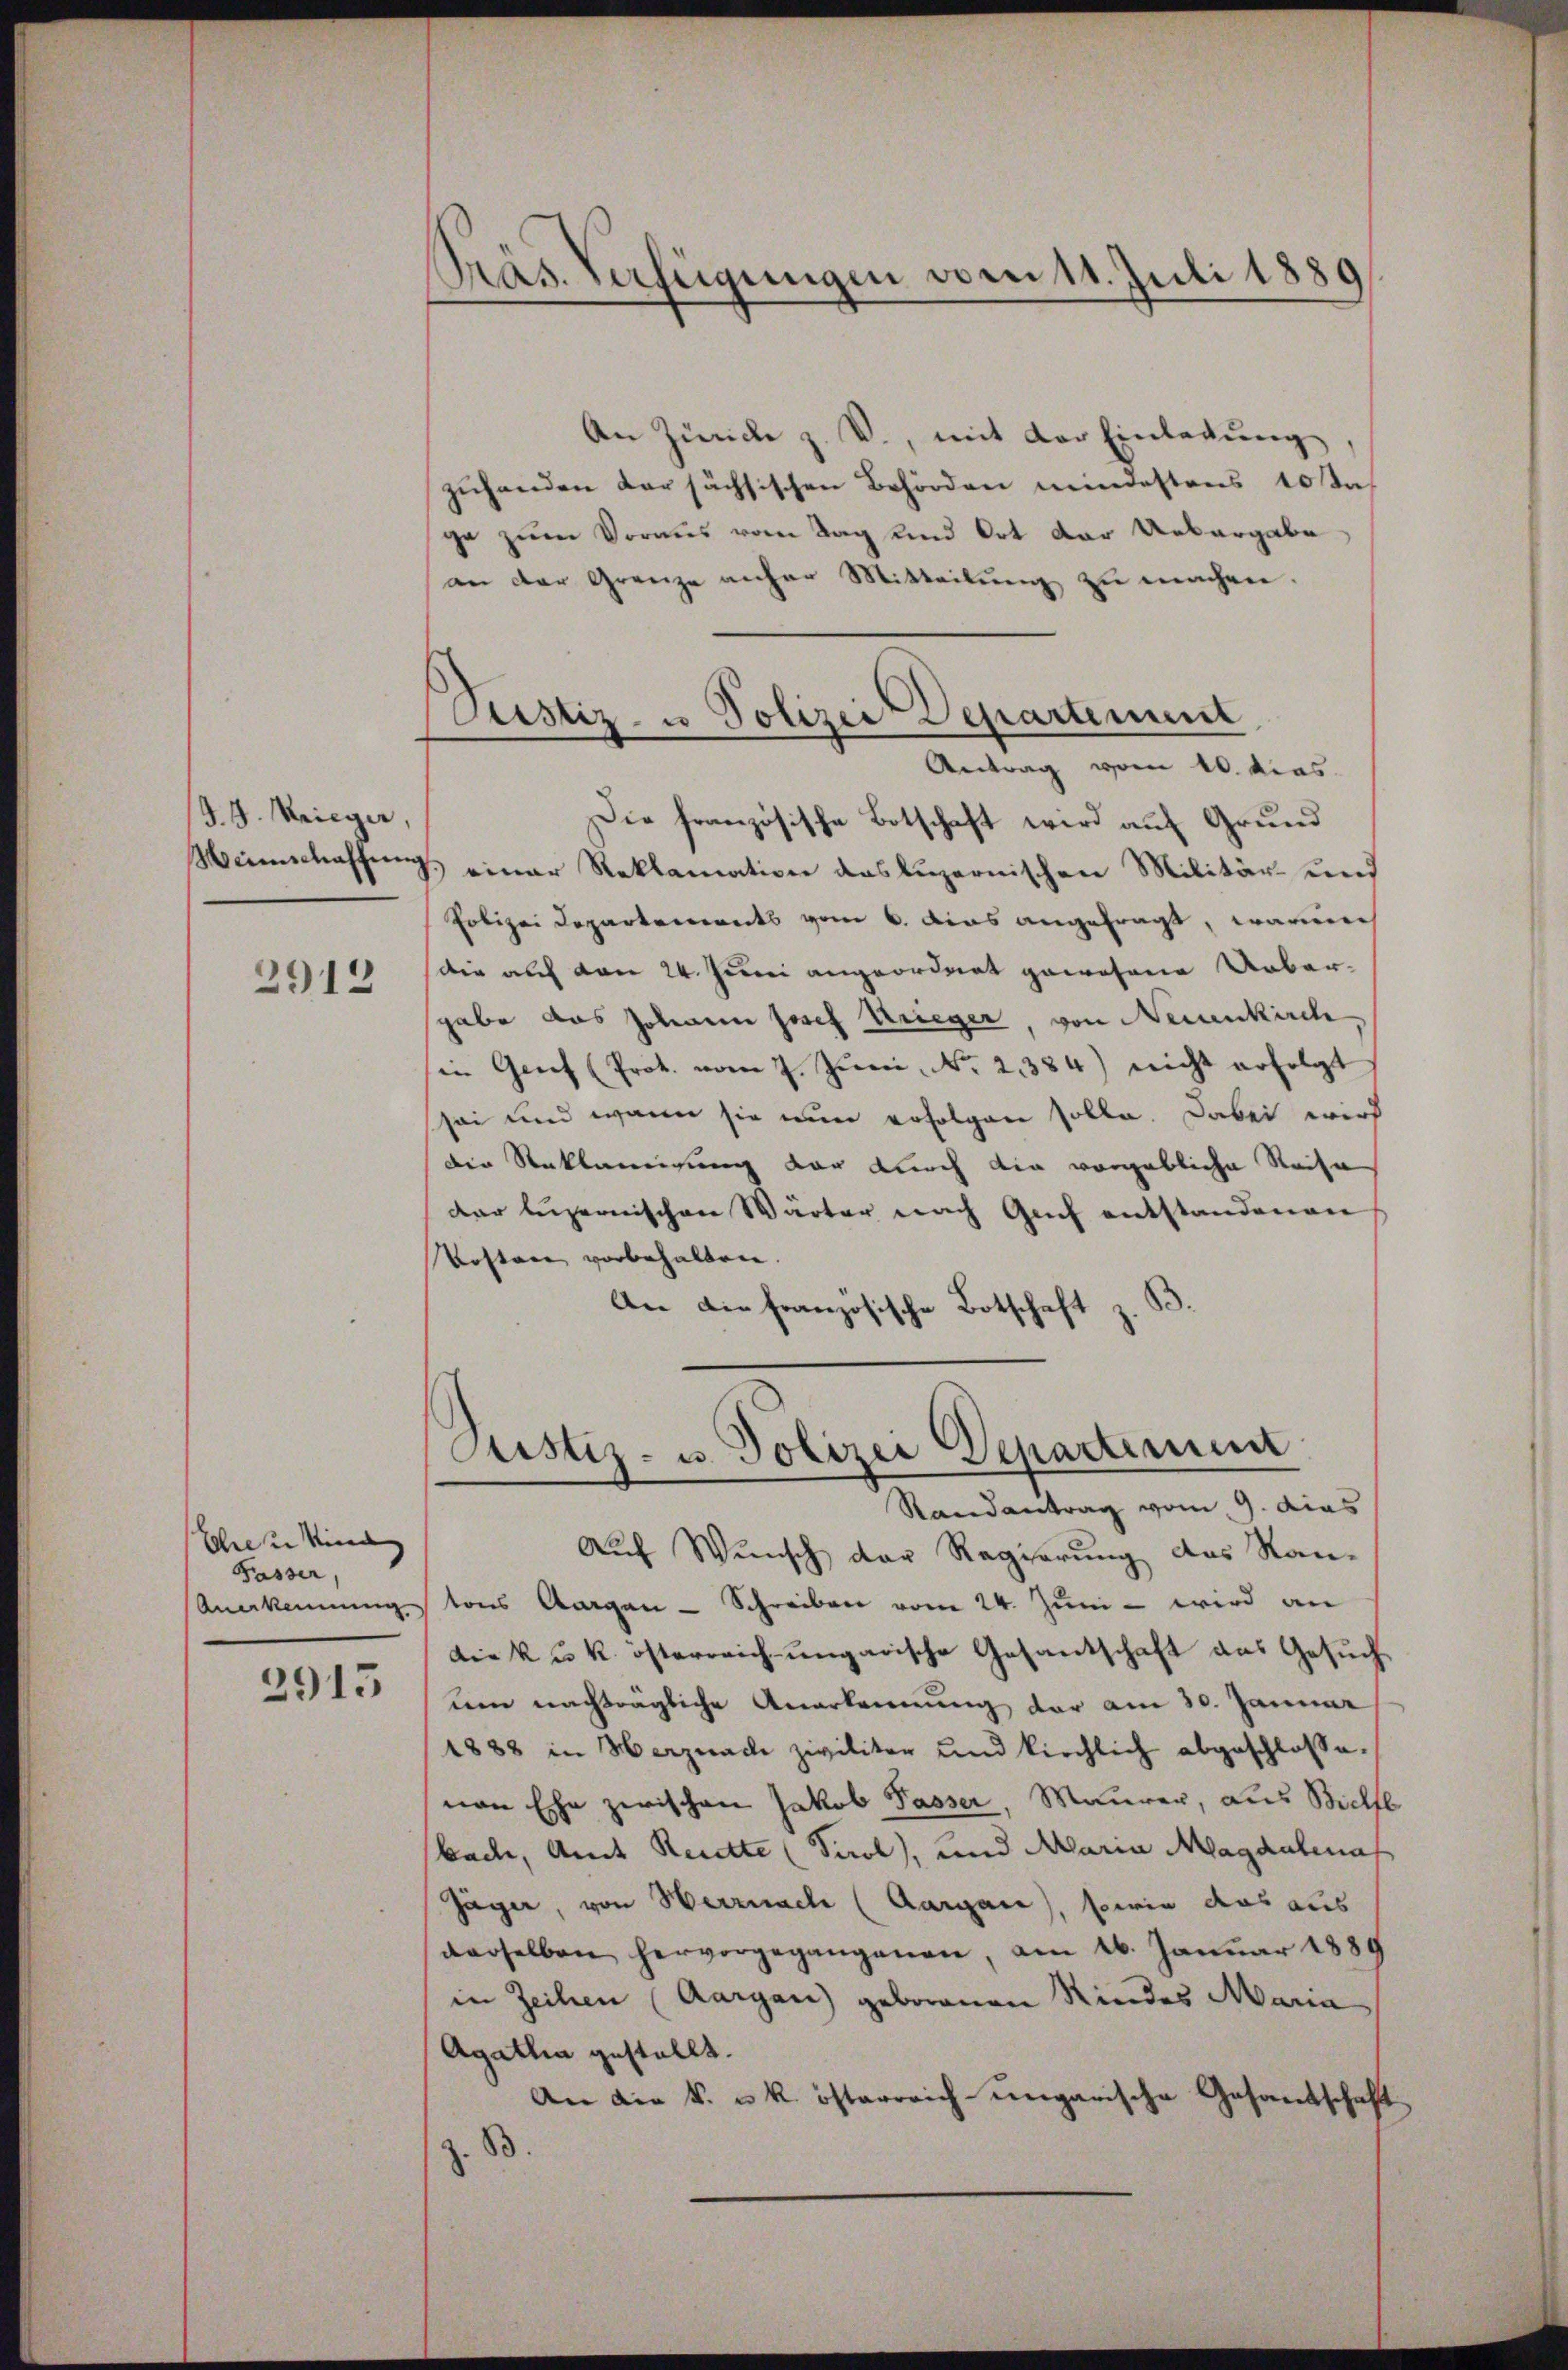
J. J. Krieger,

2912

Schrein Kind |
Fasser,
Anerkennung.

2915

Präs. Verfügungen vom 11. Juli 1889

Pustiz- u Polizei Departement
Antrag vom 10. dies

An Zürich z. V., mit der Einlegung,
zuhanden dersächsischen Behörden mindestens 10 sta
ge zum Voraus vom Tag und Ort der Uebergabe
an der Grenze anher Mitteilŭng zu machen.
Die französische Botschaft wird auf Grund
Meinschaffung einer Reklamation das luzernischen Militär- und
Polizei Departements vom 6. dies angefragt, warme
(die auf den 24. Juni angeordnet gewesene Uebergabe das Johann Josef Krieger, von Neuenkirch
in Genf (Prot. vom 7. Jŭni No 2384) nicht erfolgt
sei und wann sie nun erfolgen solle. Dabei wird
Die Reklamigung der durch die vorgebliche Reise
dar luzernischen Wärter nach Auch entstandenen
Kosten vorbehalten.
.
An die französische Botschaft z.
Justiz- u. Polizei Departinum
Randantrag vom 9. dies
Auf Wunsch der Regierung das Kan-
tons Aargau - Schreiben vom 24. Juni - wird an
die k. u. k. österreich-ungarische Gesantschaft das Gesuchum nachträgliche Anerkennung der am 30. Januar
1888 in Herznach zwiliter und kirchlich abgeschlossenen Ehe zwischen Jakob Passer, Maurer, aus Bielfl
bach, Amt Recette (Tirol, und Maria Magdalena
Jäger, von Herrnach (Aargau), sowie das aus
derselben hervorgegangenen, am 16. Januar 1889
in Zeilen (Aargau geborenen Kindes Maria
Agathia gestellt.
An die k. u. k. österreich-ungarische Gesandschaft
z. B
s